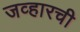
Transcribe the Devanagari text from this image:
जव्हारची